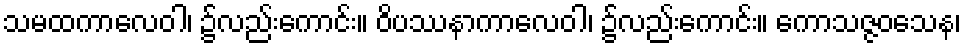
သမထကာလေဝါ၊ ၌လည်းကောင်း။ ဝိပဿနာကာလေဝါ၊ ၌လည်းကောင်း။ ကောသဇ္ဇဝသေန၊